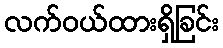
လက်ဝယ်ထားရှိခြင်း